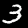
Digit: 3